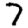
Digit: 7